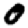
Digit: 0